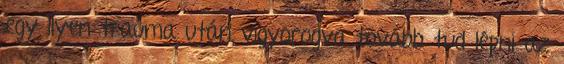
egy ilyen trauma után vigyorogva tovább tud lépni az